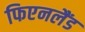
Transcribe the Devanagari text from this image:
फिएनलैंड